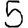
Digit: 5